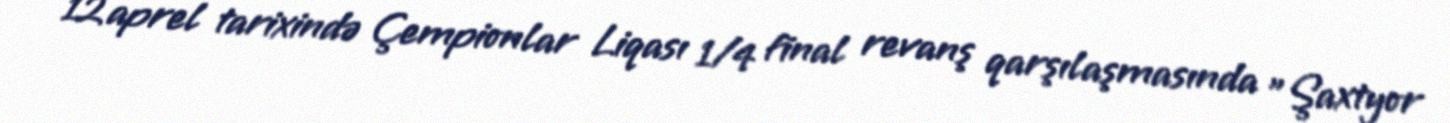
12 aprel tarixində Çempionlar Liqası 1/4 final revanş qarşılaşmasında "Şaxtyor